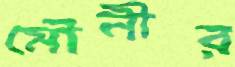
মৌনীর